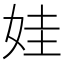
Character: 娃